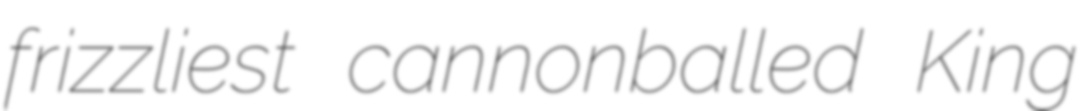
frizzliest cannonballed King